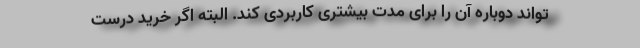
تواند دوباره آن را برای مدت بیشتری کاربردی کند. البته اگر خرید درست